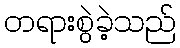
တရားစွဲခဲ့သည်